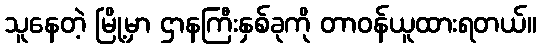
သူနေတဲ့ မြို့မှာ ဌာနကြီးနှစ်ခုကို တာဝန်ယူထားရတယ်။